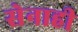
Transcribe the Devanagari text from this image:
सेनाही